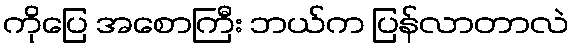
ကိုပြေ အစောကြီး ဘယ်က ပြန်လာတာလဲ